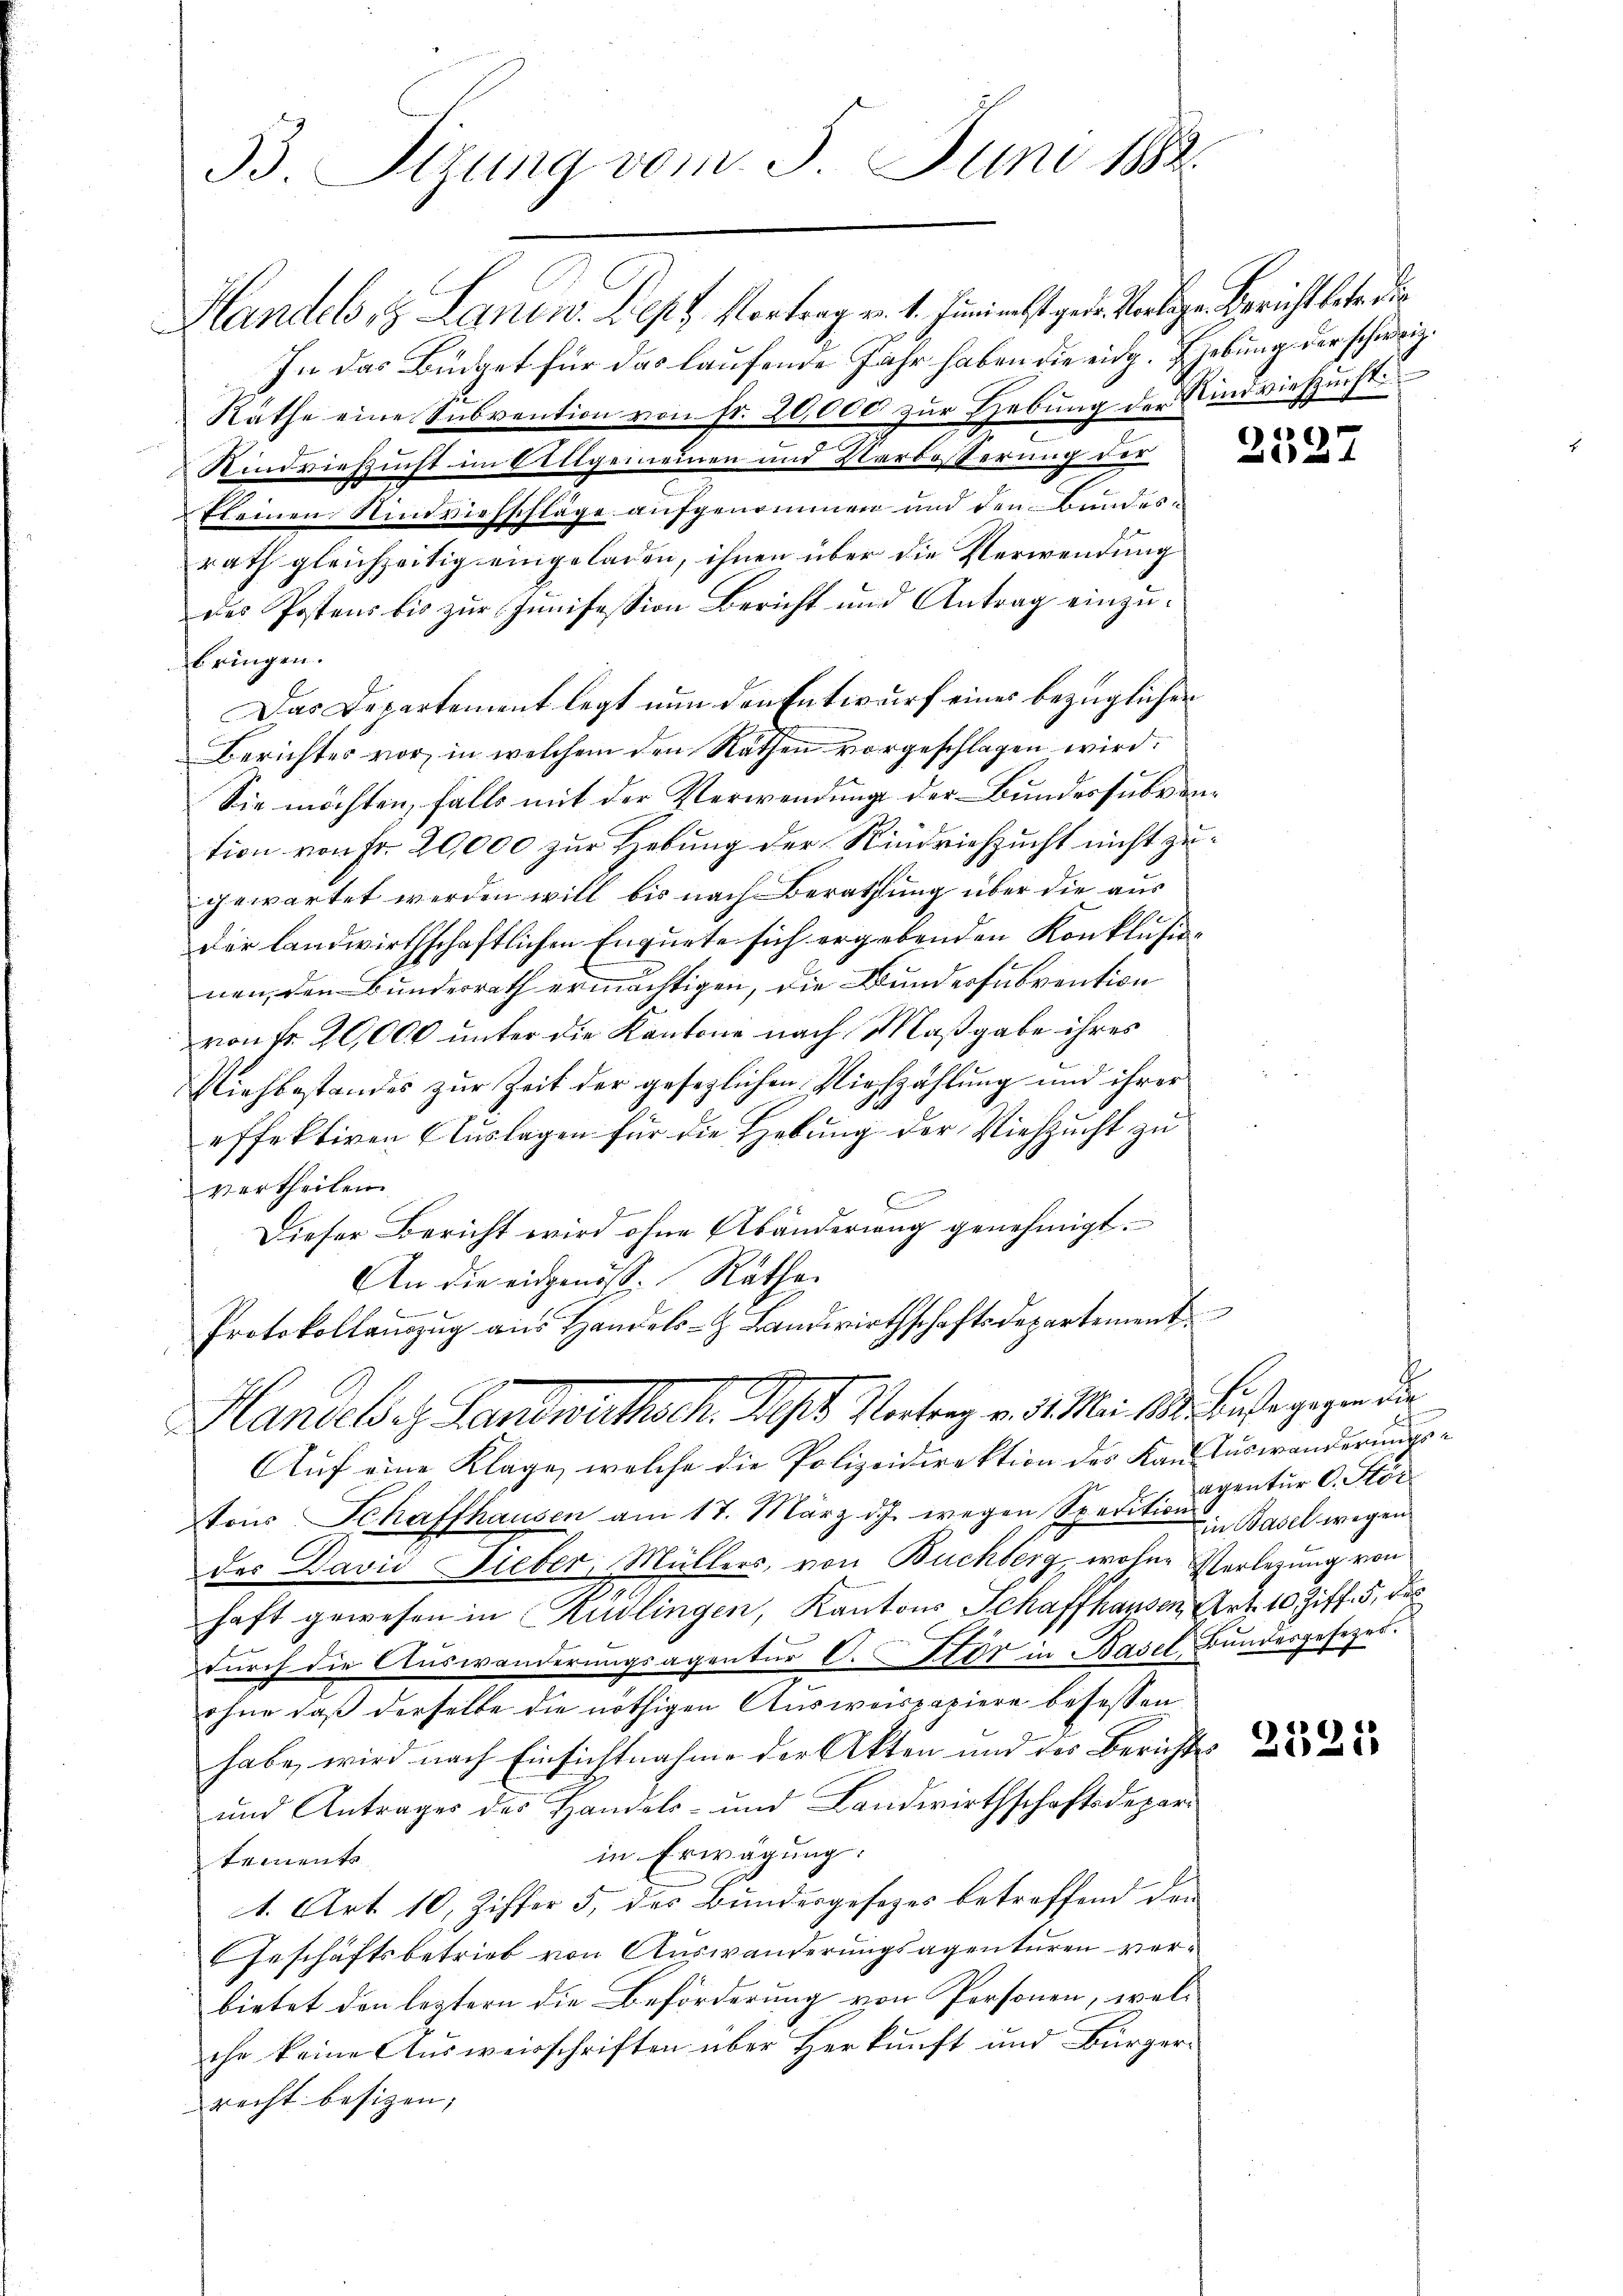
33. Sizung vom 5. Juni 1882.

Handel, 3 Landw. Sept. Vortrag v. 1. Juni nebst geden Vorlige Bericht betr. die
In das Büdget für das laufende Jahr haben die eidg. Ehebung der schweiz.
Räthe eine Subvention von Fr. 20,000 zur Hebung der Rindviehzucht
Rindviehzucht im Allgemeinen und Verbesserung der
kleinen Rindviehschläge aufgenommen und den Bundesrath gleichzeitig eingeladen, ihnen über die Verwendung
des Postens bis zŭr Jŭnifession Bericht und Antrag einzŭ-
bringen.
Das Departement legt nun den Entwurf eines bezüglicher
Berichtes vor, in welchem den Räthen vorgeschlagen wird.
Sie möchten, falls mit der Verwendung der Bundessubvention von Fr. 20,000 zur Hebung der Rindviehzucht nicht zugewartet werden will bis nach Berathung über die aus
der landwirthschaftlichen Enquete sich ergebenden Konklusionen, den Bunderrath ermächtigen, die Bunderfubvention
von Fr. 20,000 unter die Kantone nach Maßgabe ihres
Niehbestandes zur Zeit der gesezlichen Viehzählung und ihrer
effektiven Auslagen für die Hebung der Viehzucht zu
vertheilen.
C
Dieser Bericht wird ohne Abänderung genehmigt.
An die eidgenöss. Räthe.
Protokollauszug aus Handels- Landwirthschaftsdepartement
Handebes Landwirthsch. Ist Vortrag v. 3. Mai 1890. Base gegen die
Auf eine Klage, welche die Polizeidirektion des Kaustuswanderungstons Schaffhausen am 17. März d.J. wegen Spedition Basel wegen
der David Fieber, Müllers, von Buchberg, wohne Verlesung von
haft gewesen in Kudlingen, Kantons Schaffhausen, Art. 10 Ziff. 5, de
durch die Auswanderungsagentur C. Stor in Basel, Bundesgesezer.
ohne daß derselbe die nöthigen Ausweispapiere besessen
habe, wird nach Einsichtnahme der Akten und des Berichtes
und Antrages des Handels- und Landwirthschaftsdepari
in Erwägung:
tements
1. Art. 10, Ziffer 5, des Bundesgesezes betreffend den
Geschäftsbetrieb von Auswanderungsagenturen verbietet den leztern die Beförderung von Personen, welche keine Ausweisschriften über Herkunft und Bürger-
recht besitzen;

2527

agentur C. Stör

2521